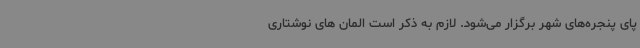
پای پنجره‌های شهر برگزار می‌شود. لازم به ذکر است المان های نوشتاری